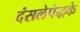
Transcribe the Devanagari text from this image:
दंसलेपेद्धके